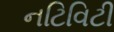
નટિવિટી